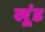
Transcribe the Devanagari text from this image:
खूंड